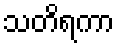
သတိရကာ